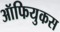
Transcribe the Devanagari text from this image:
ऑफियुकस